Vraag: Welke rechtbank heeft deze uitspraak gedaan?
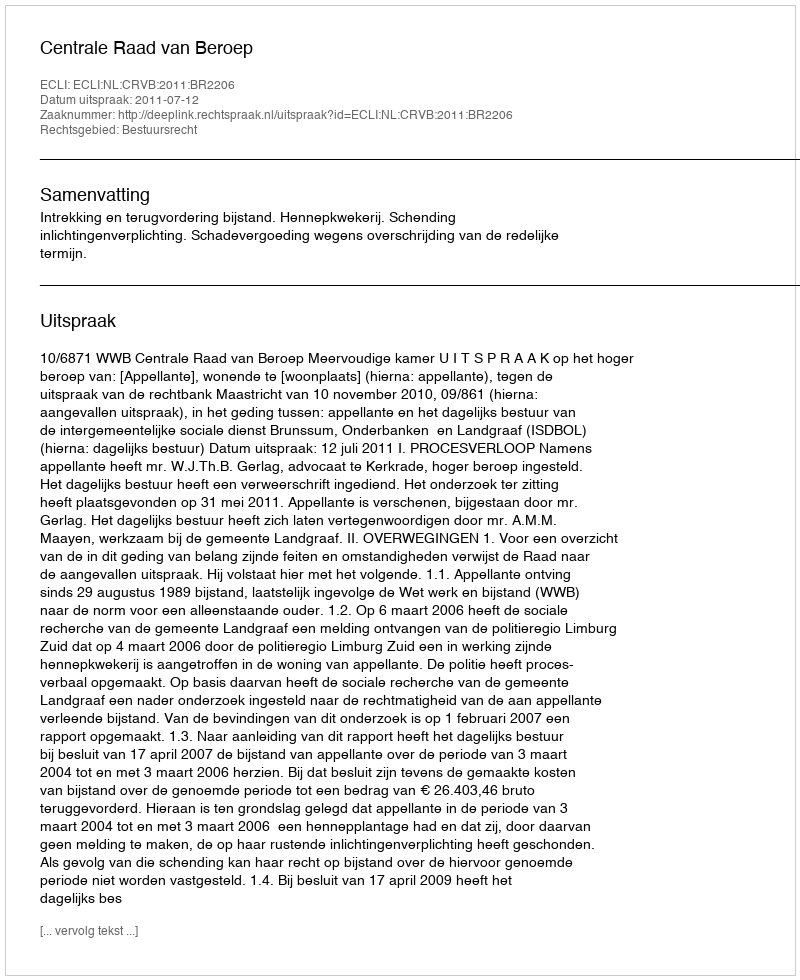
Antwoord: Centrale Raad van Beroep